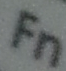
Fn